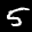
Label: 5